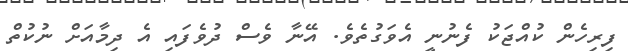
ފިރިހެން ކުއްޖަކު ފެނުނީ އެވަގުތެވެ. އޭނާ ވެސް ދުވެފައި އެ ދިމާއަށް ނުކުތް